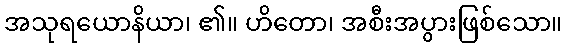
အသုရယောနိယာ၊ ၏။ ဟိတော၊ အစီးအပွားဖြစ်သော။